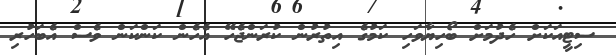
ސިޓީއަކަށް ހެދުމަށް ބޯހިޔާވަހި ކަމުގެ އިތުރުން ކުރަންޖެހޭ އެހެން ކަންކަން ވެސް އެބަހުރި